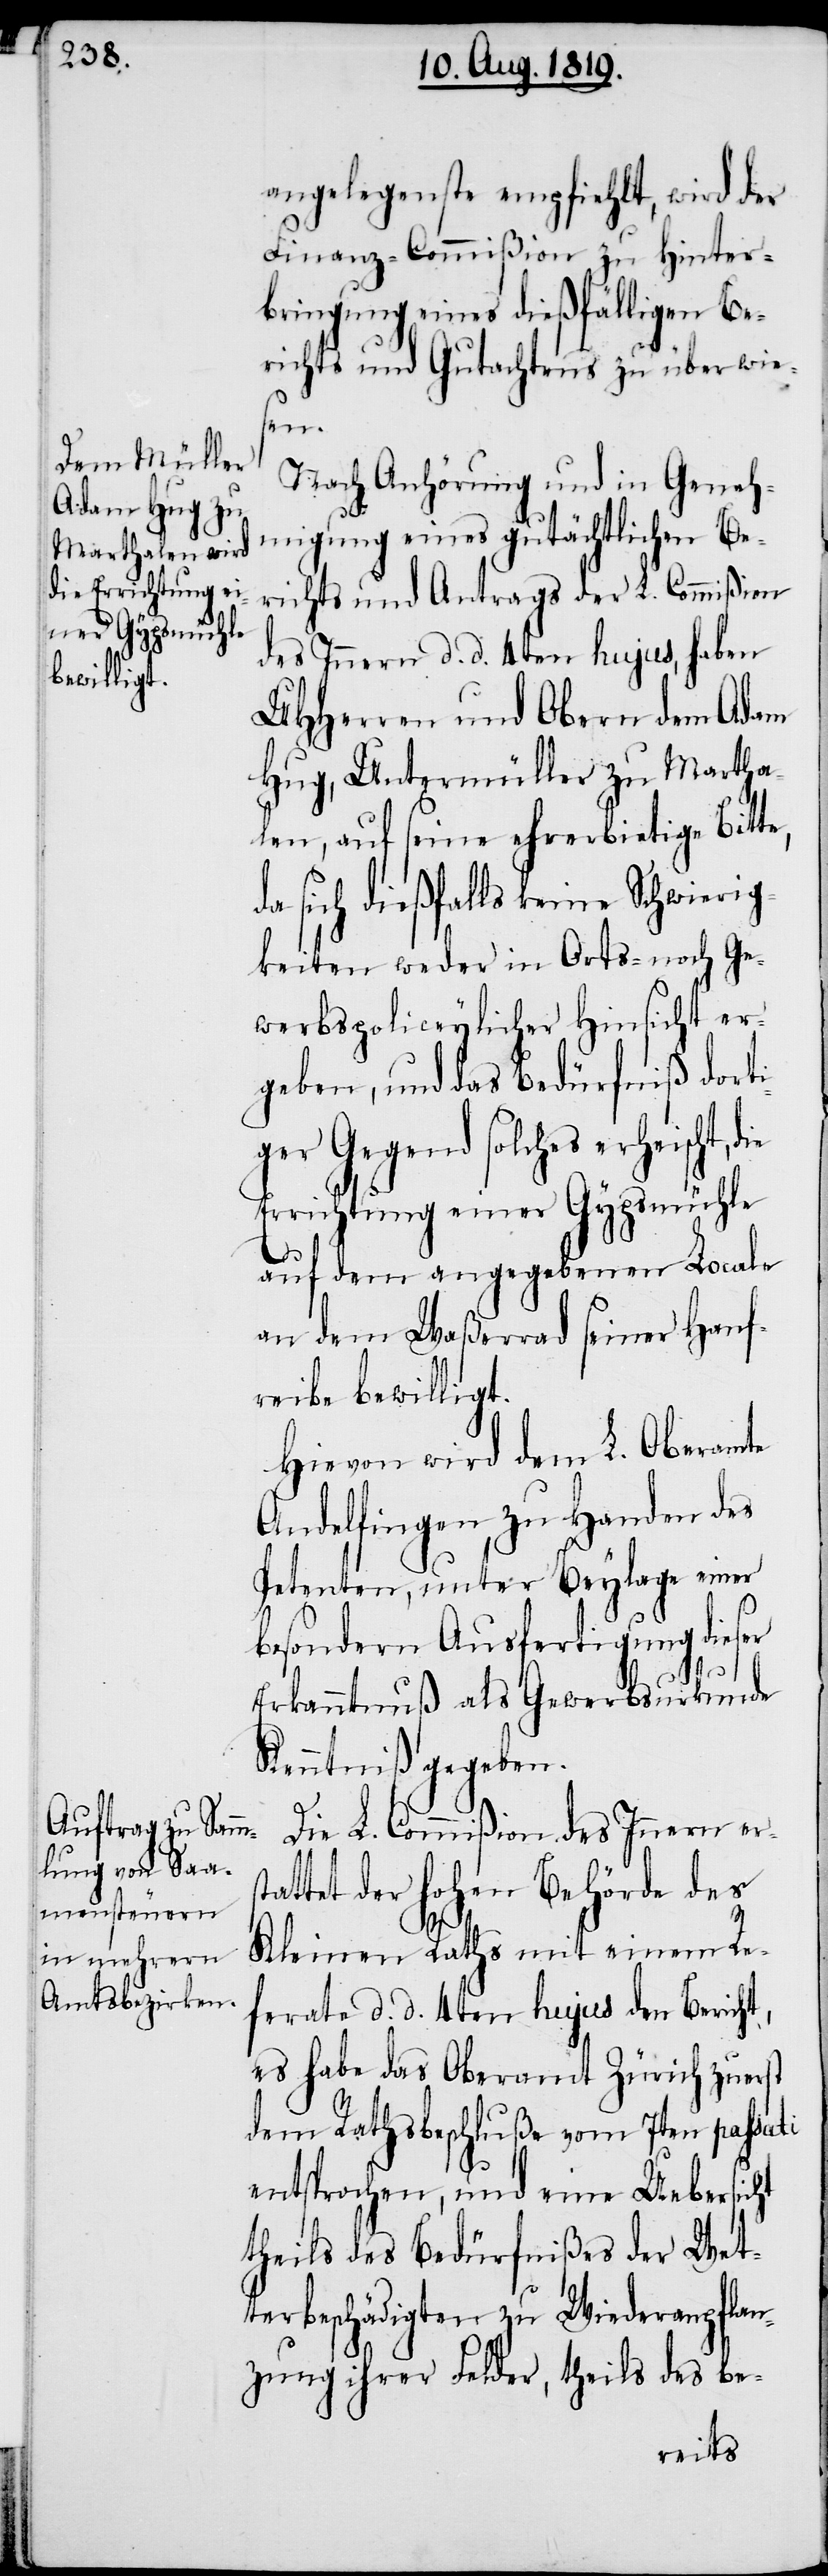
die Errichtung ei¬
ner Gypsmühle

angelegenste empfiehlt, wird der
Finanz-Commißion zu Hinter¬
bringung eines dießfälligen Be¬
richts und Gutachtens überwies¬
en.
Nach Anhörung und in Geneh¬
migung eines gutächtlichen Be¬
richts und Antrags der L. Commißion
des Innern d. d. 4ten hujus, haben
UHHerren und Obern dem Adam
Hug, Untermüller zu Martha¬
len, auf seine ehrerbietige Bitte,
a sich dießfalls keine Schwierig¬
keiten weder in Orts- noch Ge¬
werbspoliceylicher Hinsicht er¬
geben, und das Bedürfniß dorti¬
ger Gegend solches erheischt,
auf dem angegebenen Locale
an dem Waßerrad seiner Hanf¬
reibe bewilligt.
Hievon wird dem L. Oberamte
Andelfingen zu Handen des
Petenten, unter Beylage einer
besondern Ausfertigung dieser
Erkanntnuß als Gewerbsurkunde
Kenntniß gegeben.
Die L. Commißion des Innern er¬
tattet der hohen Behörde des
t,
Kleinen Raths mit einem Re¬
ferate d. d. 4ten hujus den Berich¬
es habe das Oberamt Zürich zuerst
dem Rathsbeschluße vom 7ten passati
entsprochen, und eine Uebersicht
theils des Bedürfnißes der Wet¬
terbeschädigten zu Wiederanpflan¬
zung ihrer Felder, theils des be-